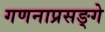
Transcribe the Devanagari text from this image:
गणनाप्रसङ्गे